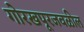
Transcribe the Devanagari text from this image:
गोरखपूरजवळील